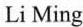
Li Ming